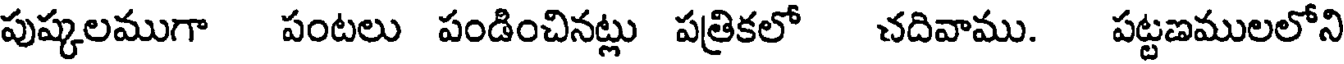
పుష్కలముగా పంటలు పండించినట్లు పత్రికలో చదివాము. పట్టణములలోని